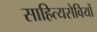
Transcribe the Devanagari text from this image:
साहित्यसेवियों